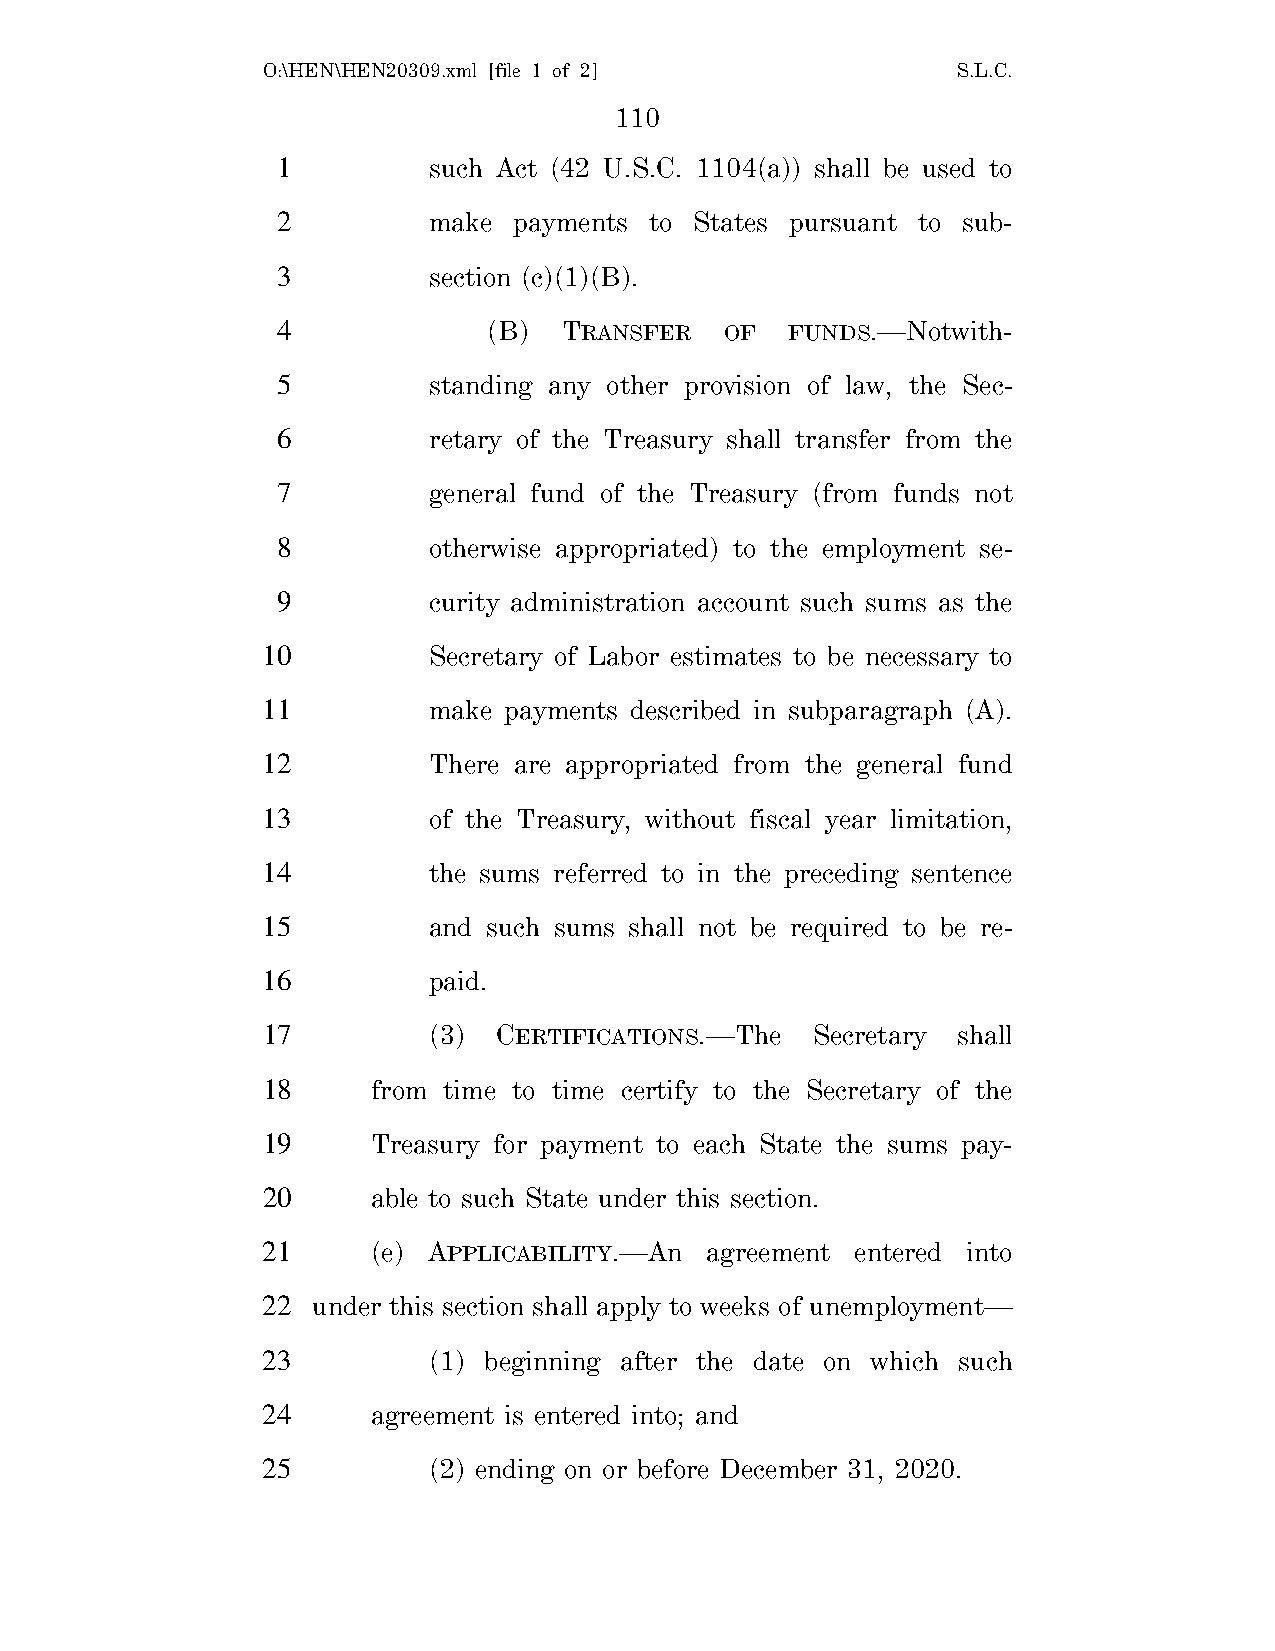
O:\HEN\HEN20309.xml [file 1 of 2]             S.L.C.
 110
 1         such Act (42 U.S.C. 1104(a)) shall be used to
 2         make  payments to States pursuant to sub-
 3         section (c)(1)(B).
 4             (B)  TRANSFER   OF  FUNDS.—Notwith-
 5         standing any other provision of law, the Sec-
 6         retary of the Treasury shall transfer from the
 7         general fund of the Treasury (from funds not
 8         otherwise appropriated) to the employment se-
 9         curity administration account such sums as the
 10         Secretary of Labor estimates to be necessary to
 11         make payments described in subparagraph (A).
 12         There are appropriated from the general fund
 13         of the Treasury, without fiscal year limitation,
 14         the sums referred to in the preceding sentence
 15         and such sums shall not be required to be re-
 16         paid.
 17         (3)  CERTIFICATIONS.—The  Secretary shall
 18      from time to time certify to the Secretary of the
 19      Treasury for payment to each State the sums pay-
 20      able to such State under this section.
 21      (e) APPLICABILITY.—An agreement entered into
 22  under this section shall apply to weeks of unemployment—
 23         (1) beginning after the date on which such
 24      agreement is entered into; and
 25         (2) ending on or before December 31, 2020.